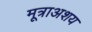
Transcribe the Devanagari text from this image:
मूत्राअशय